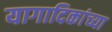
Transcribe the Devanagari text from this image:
यागादिकांच्या